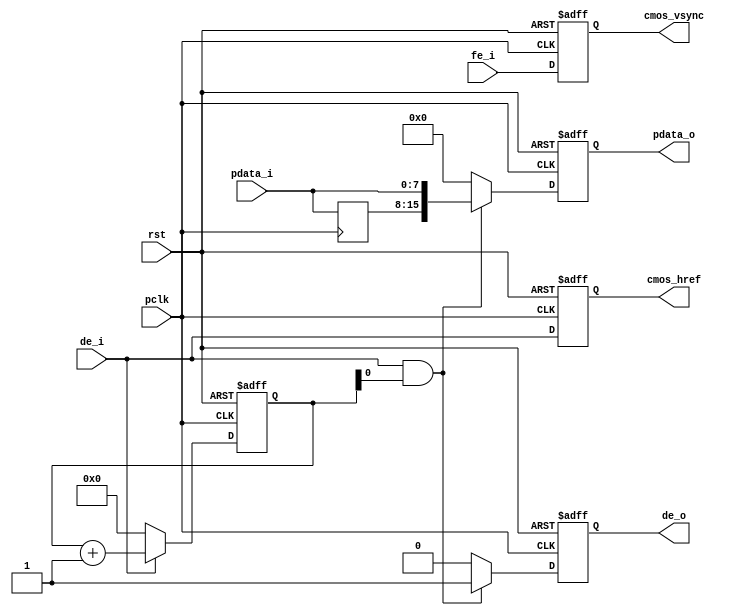
module ALGO_cmos_8_16bit(
	input rst,
	input pclk,
	input [7:0] pdata_i,
	input de_i,
	input fe_i,
	
	output reg[15:0] pdata_o,
	output reg cmos_vsync,
	output reg cmos_href,
	output reg de_o
);
reg[7:0] pdata_i_d0;
reg[7:0] pdata_i_d1;
reg de_i_d0;
reg[11:0] x_cnt;
// reg cmos_vsync_t;
// reg cmos_href_t;
		
always@(posedge pclk)
begin
	de_i_d0 <= de_i;
	pdata_i_d0 <= pdata_i;
	pdata_i_d1 <= pdata_i_d0;
end

always@(posedge pclk or posedge rst)
begin
	if(rst)
		x_cnt <= 12'd0;
	else if(de_i)
		x_cnt <= x_cnt + 12'd1;
	else
		x_cnt <= 12'd0;
end

always@(posedge pclk or posedge rst)
begin
	if(rst)
		de_o <= 1'b0;
	else if(de_i && x_cnt[0])
		de_o <= 1'b1;
	else
		de_o <= 1'b0;
end

always@(posedge pclk or posedge rst)
begin
	if(rst)
		pdata_o <= 16'd0;
	else if(de_i && x_cnt[0])
		pdata_o <= {pdata_i_d0,pdata_i};
	else
		pdata_o <= 16'd0;
end

always@(posedge pclk or posedge rst)
begin
	if(rst) begin
		// cmos_vsync_t <= 0;
		// cmos_href_t <= 0;
		cmos_vsync <= 0;
		cmos_href <= 0;
	end
	else begin
		cmos_vsync <= fe_i;
		cmos_href <= de_i;
		// cmos_vsync <= cmos_vsync_t;
		// cmos_href <= cmos_href_t;
	end
end

endmodule